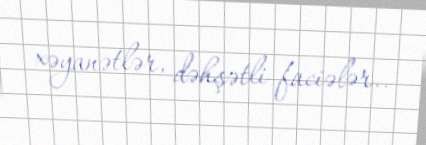
xəyanətlər, dəhşətli faciələr..